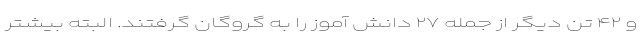
و ۴۲ تن دیگر از جمله ۲۷ دانش آموز را به گروگان گرفتند. البته بیشتر